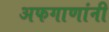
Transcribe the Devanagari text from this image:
अफगाणांनी